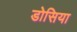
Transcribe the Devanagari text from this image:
डोसिया